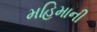
મહિમાની